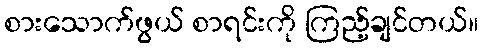
စားသောက်ဖွယ် စာရင်းကို ကြည့်ချင်တယ်။